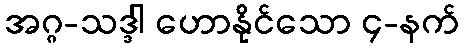
အဂ္ဂ-သဒ္ဒါ ဟောနိုင်သော ၄-နက်